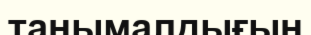
танымалдығын